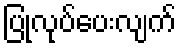
ပြုလုပ်ပေးလျက်